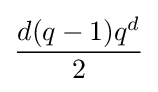
{\frac {d(q-1)q^{d}}{2}}